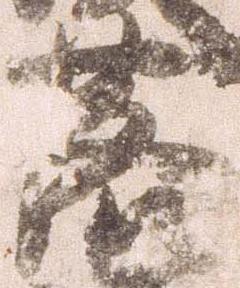
落